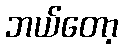
ဘယ်တော့